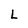
Character: L